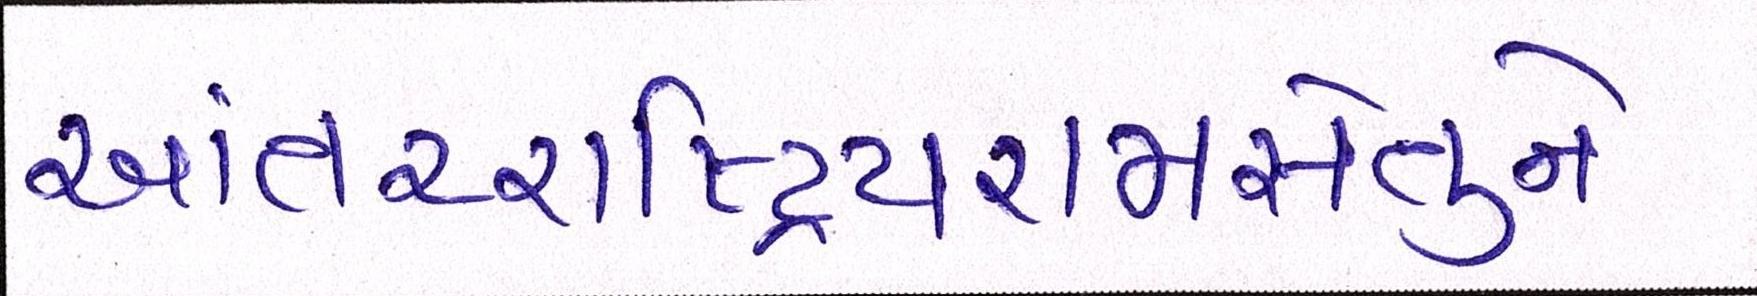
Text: આંતરરાષ્ટ્રિયરામસેતુને